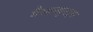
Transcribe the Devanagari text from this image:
मैसाच्युएट्स